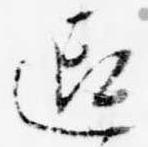
迎